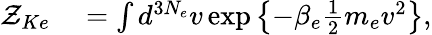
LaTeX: \begin{array}{rl}{\mathcal{Z}_{Ke}}&{{}=\int d^{3N_{e}}v\exp\left\{ -\beta_{e}\frac{1}{2}m_{e}v^{2}\right\} ,}\end{array}